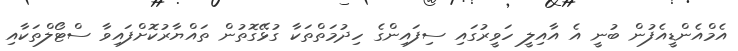
އެމްއެންޑީއެފުން ބުނީ އެ އާއިލީ ހަވީރުގައި ސިފައިންގެ ހިދުމަތްތަކާ ގުޅޭގޮތުން ތައްޔާރުކޮށްފައިވާ ސްޓޯލްތަކާއި